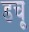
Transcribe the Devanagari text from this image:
डचू